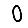
Digit: 0